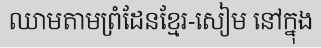
ឈាមតាមព្រំដែនខ្មែរ-សៀម នៅក្នុង